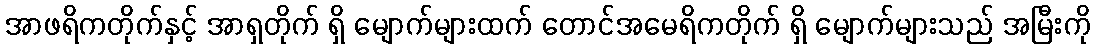
အာဖရိကတိုက်နှင့် အာရှတိုက် ရှိ မျောက်များထက် တောင်အမေရိကတိုက် ရှိ မျောက်များသည် အမြီးကို